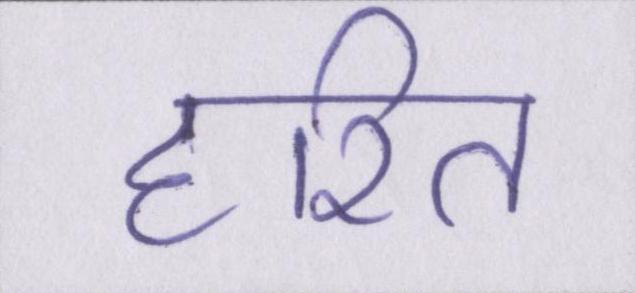
हरित